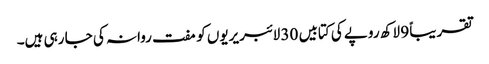
تقریباً 9 لاکھ روپے کی کتابیں 30 لائبریریوں کو مفت روانہ کی جا رہی ہیں۔